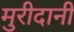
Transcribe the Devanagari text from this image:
मुरीदानी